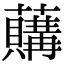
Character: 𧃛